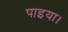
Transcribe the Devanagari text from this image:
पाइया।